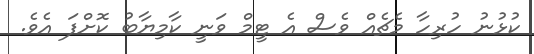
ކުޅުނު ހުރިހާ މެޗެއް ވެސް އެ ޓީމް ވަނީ ކާމިޔާބު ކޮށްފަ އެވެ.